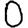
Digit: 0